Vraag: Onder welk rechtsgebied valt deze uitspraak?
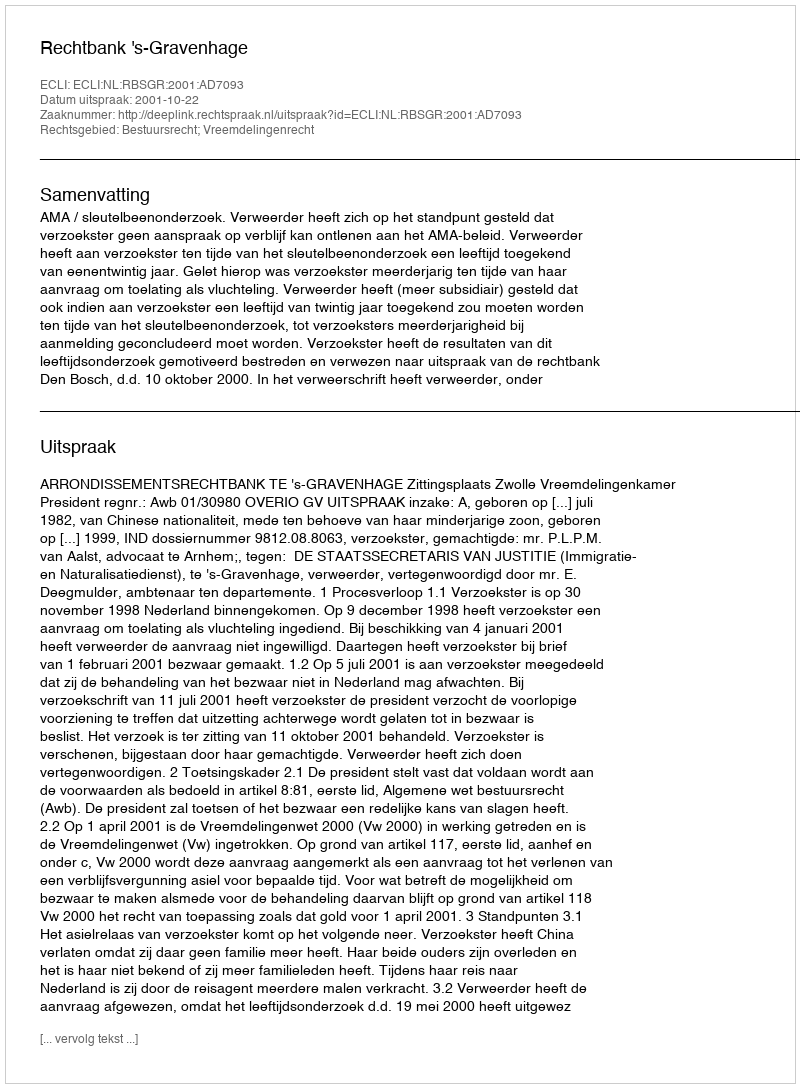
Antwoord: Bestuursrecht; Vreemdelingenrecht